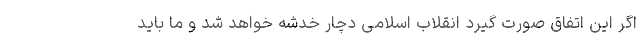
اگر این اتفاق صورت گیرد انقلاب اسلامی دچار خدشه خواهد شد و ما باید